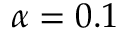
\alpha = 0 . 1